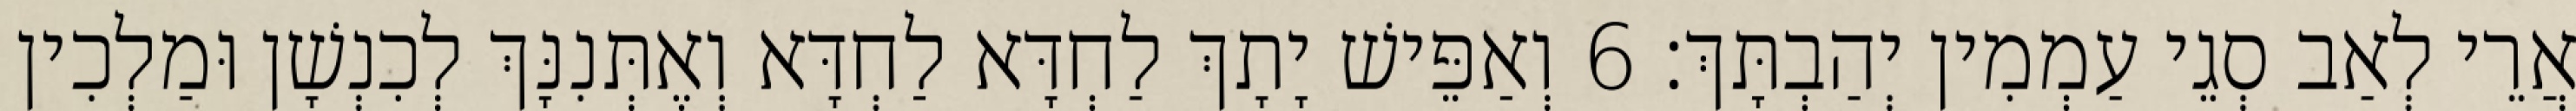
אֲרֵי לְאַב סְגֵי עַמְמִין יְהַבְתָּךְ׃ 6 וְאַפֵּישׁ יָתָךְ לַחְדָּא לַחְדָּא וְאֶתְּנִנָּךְ לְכִנְשָׁן וּמַלְכִין